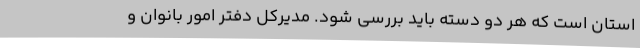
استان است که هر دو دسته باید بررسی شود. مدیرکل دفتر امور بانوان و